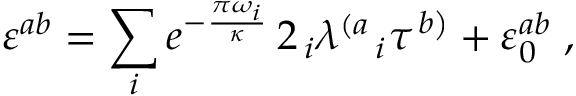
\varepsilon ^ { a b } = \sum _ { i } e ^ { - { \frac { \pi \omega _ { i } } { \kappa } } } \, 2 \, _ { i } { \lambda ^ { \left( a \right. } } _ { i } \tau ^ { \left. b \right) } + \varepsilon _ { 0 } ^ { a b } \; ,